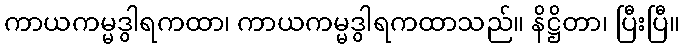
ကာယကမ္မဒွါရကထာ၊ ကာယကမ္မဒွါရကထာသည်။ နိဋ္ဌိတာ၊ ပြီးပြီ။